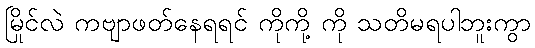
မြိုင်လဲ ကဗျာဖတ်နေရရင် ကိုကို့ ကို သတိမရပါဘူးကွာ